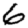
Digit: 6